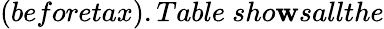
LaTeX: (beforetax).Table~sho\mathbf{w}sallthe